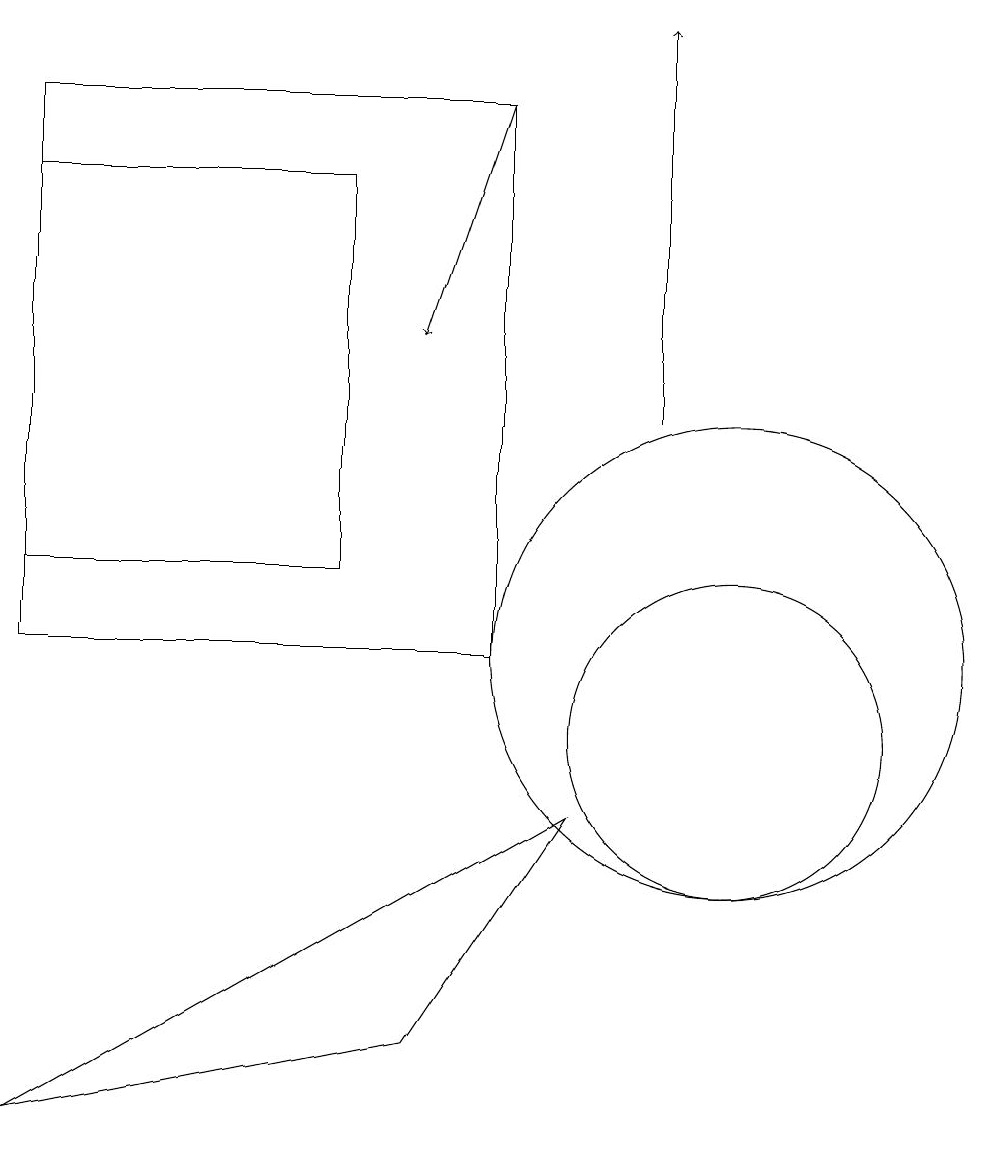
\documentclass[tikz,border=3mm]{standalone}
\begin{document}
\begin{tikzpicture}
\draw (1,17) rectangle (5,12);
\draw (10,10) circle (2);
\draw[->] (9,14) -- (9,19);
\draw[->] (7,18) -- (6,15);
\draw (10,11) circle (3);
\draw (1,5) -- (6,6) -- (8,9) -- cycle;
\draw (7,18) rectangle (1,11);
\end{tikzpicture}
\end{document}